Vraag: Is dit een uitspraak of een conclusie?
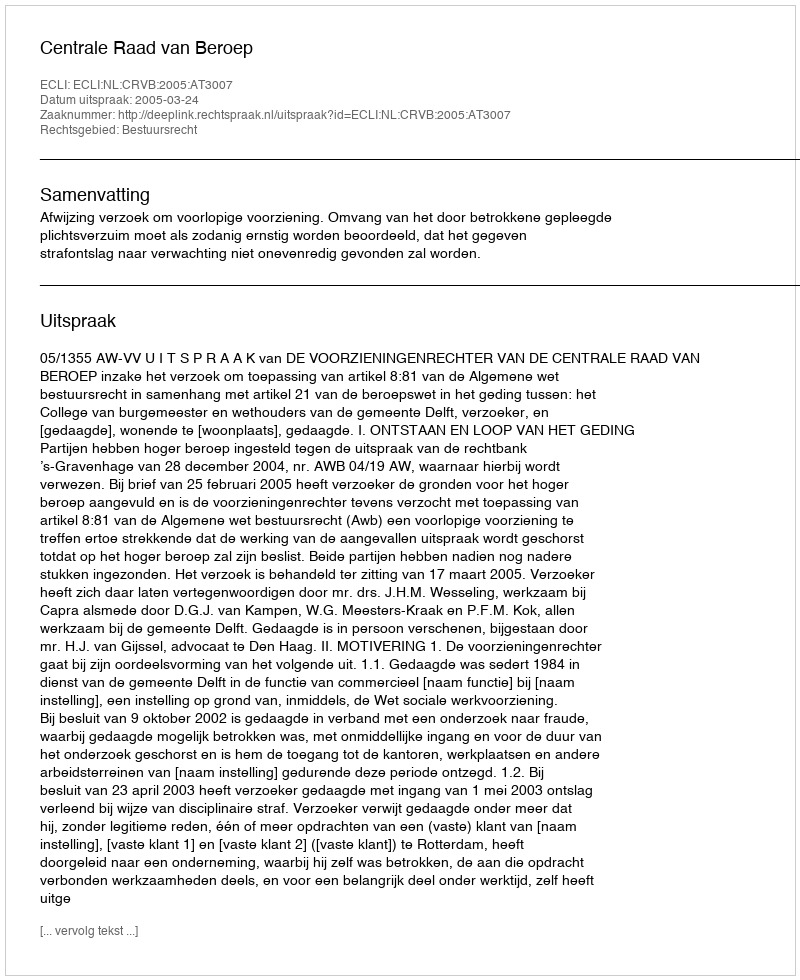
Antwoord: Uitspraak